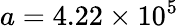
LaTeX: a=4.22\times 10^{5}